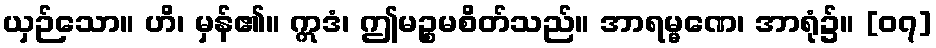
ယှဉ်သော။ ဟိ၊ မှန်၏။ ဣဒံ၊ ဤမဉ္စမစိတ်သည်။ အာရမ္မဏေ၊ အာရုံ၌။ [၀၇]